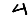
Digit: 4